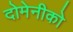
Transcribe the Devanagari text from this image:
दोमेनीको